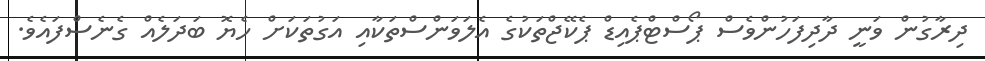
ދިރާގުން ވަނީ ދާދިފަހުންވެސް ޕޯސްޓްޕެއިޑް ޕެކޭޖްތަކުގެ އެލަވަންސްތަކާއި އަގުތަކަށް ހެޔޮ ބަދަލެއް ގެނެސްފައެވެ.